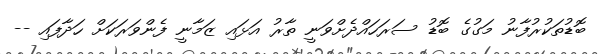
ބޮޑުތަކުރުފާނު މަގުގެ ބޮޑު ސަރަހައްދެށްވަނީ ތާރު އަޅައި ޒަމާނީ ފެންވަރަކަށް ހަދާފައި --